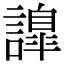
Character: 𧬁